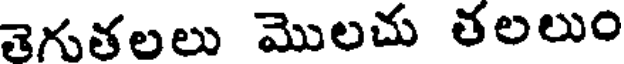
తెగుతలలు మొలచు తలలుం